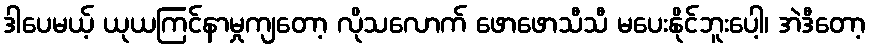
ဒါပေမယ့် ယုယကြင်နာမှုကျတော့ လိုသလောက် ဖောဖောသီသီ မပေးနိုင်ဘူးပေါ့၊ အဲဒီတော့